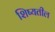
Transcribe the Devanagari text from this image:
शिष्यतील